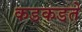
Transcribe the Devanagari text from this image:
कडकडते